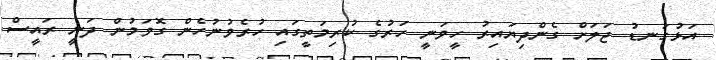
އަޅުގަނޑު ޖަލަށް ގެންދިޔައިރު ހީވަނީ ހަރުގެ ކުރިމަތީގައި ހުރެވުނުހެން ގޮވަމުން ދަނީ ރައީސް